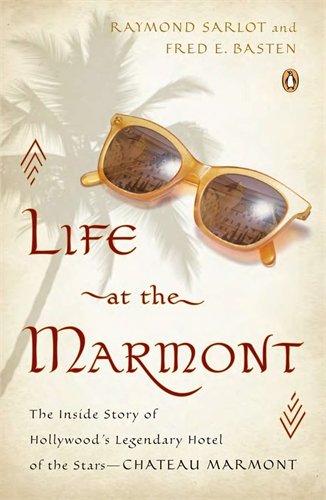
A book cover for Life at the Marmont: The Inside Story of Hollywood's Legendary Hotel of the Stars--Chateau Marmont; Raymond Sarlot; Biographies & Memoirs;